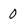
Character: 0